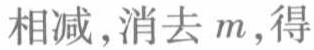
相减,消去 \(m\),得